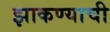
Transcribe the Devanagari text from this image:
झाकण्याची